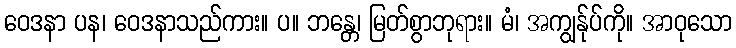
ဝေဒနာ ပန၊ ဝေဒနာသည်ကား။ ပ။ ဘန္တေ၊ မြတ်စွာဘုရား။ မံ၊ အကျွန်ုပ်ကို။ အာဝုသော